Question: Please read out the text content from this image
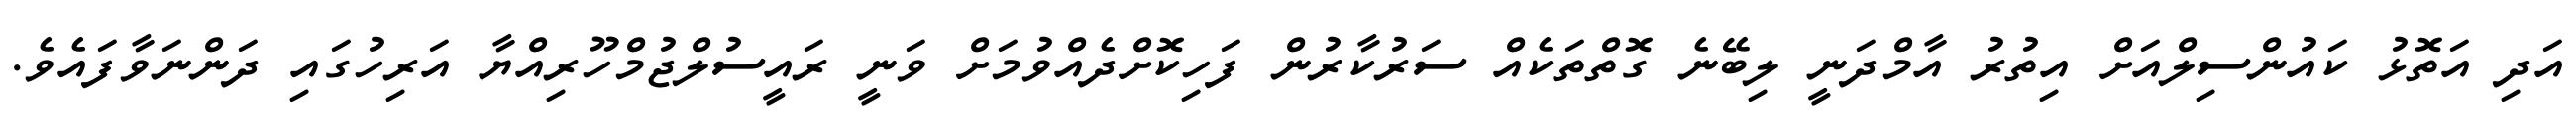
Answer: އަދި އަތޮޅު ކައުންސިލްއަށް އިތުރު އާމްދަނީ ލިބޭނެ ގޮތްތަކެއް ސަރުކާރުން ފަހިކޮށްދެއްވުމަށް ވަނީ ރައީސުލްޖުމްހޫރިއްޔާ އަރިހުގައި ދަންނަވާފައެވެ.